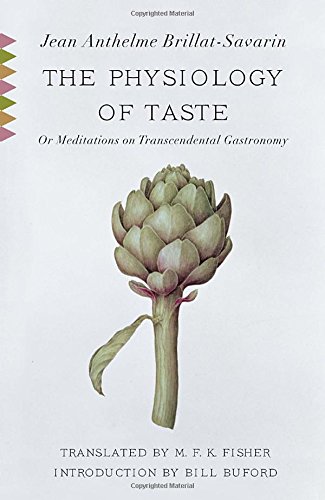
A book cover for The Physiology of Taste: Or Meditations on Transcendental Gastronomy (Vintage Classics); Jean Anthelme Brillat-Savarin; Cookbooks, Food & Wine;